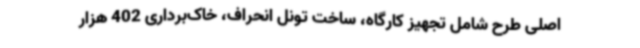
اصلی طرح شامل تجهیز کارگاه، ساخت تونل انحراف، خاک‌برداری 402 هزار